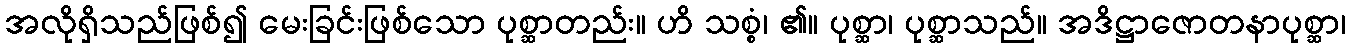
အလိုရှိသည်ဖြစ်၍ မေးခြင်းဖြစ်သော ပုစ္ဆာတည်း။ ဟိ သစ္စံ၊ ၏။ ပုစ္ဆာ၊ ပုစ္ဆာသည်။ အဒိဋ္ဌာဇောတနာပုစ္ဆာ၊